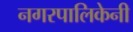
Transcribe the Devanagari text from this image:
नगरपालिकेनी